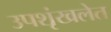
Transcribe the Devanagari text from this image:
उपशृंखलेत